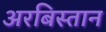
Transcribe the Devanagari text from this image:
अरबिस्तान